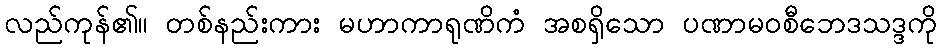
လည်ကုန်၏။ တစ်နည်းကား မဟာကာရုဏိကံ အစရှိသော ပဏာမဝစီဘေဒသဒ္ဒကို